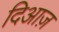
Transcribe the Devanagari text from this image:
दिआज़